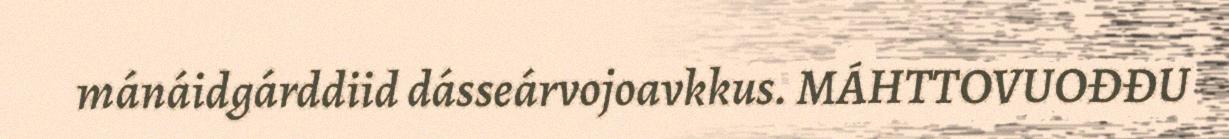
mánáidgárddiid dásseárvojoavkkus. MÁHTTOVUOĐĐU